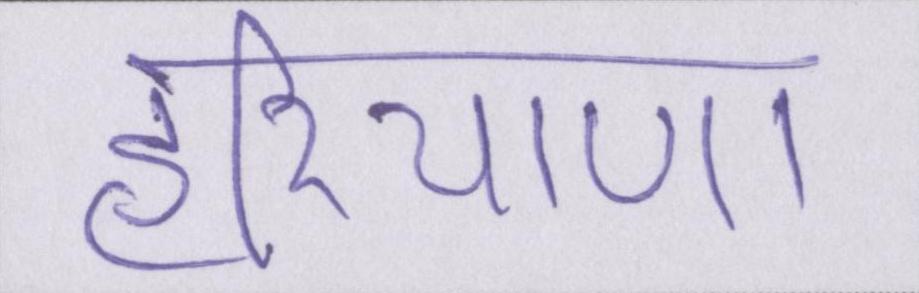
हरियाणा